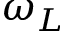
\omega _ { L }